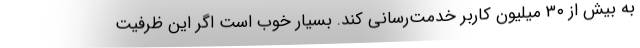
به بیش از ۳۰ میلیون کاربر خدمت‌رسانی کند. بسیار خوب است اگر این ظرفیت